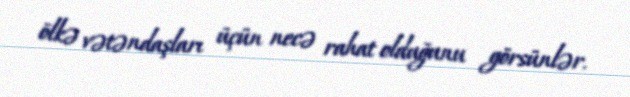
ölkə vətəndaşları üçün necə rahat olduğunu görsünlər.